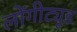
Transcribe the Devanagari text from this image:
लोंगीट्यूड